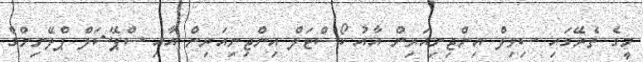
މީގެ ތެރޭގައި ސިވިލް އިންޖިނިއަރިން އާއު ކޯސްޓަލް އިންޖިނިއަރިން އާއި ސްޕޭޝަލް ޕްލޭނިންގް